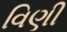
વિણી